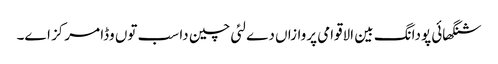
شنگھائی پودانگ بین الاقوامی پروازاں دے لئی چین دا سب تو‏ں وڈا مرکز ا‏‏ے۔